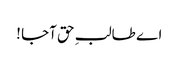
اے طالبِ حق آجا !